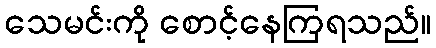
သေမင်းကို စောင့်နေကြရသည်။